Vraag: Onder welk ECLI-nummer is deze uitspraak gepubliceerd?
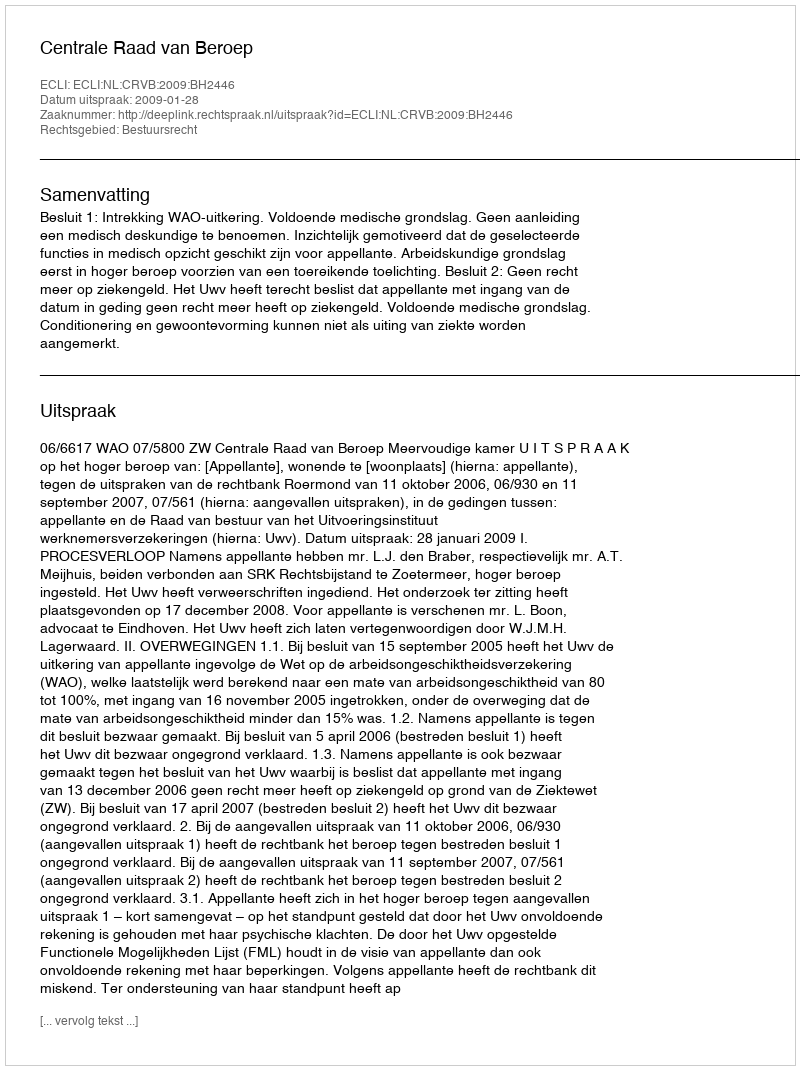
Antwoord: ECLI:NL:CRVB:2009:BH2446